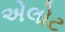
એલોટ